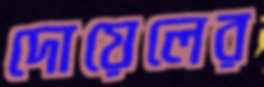
দোয়েলের